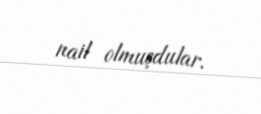
nail olmuşdular.